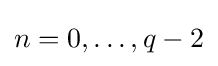
n=0,\ldots ,q-2